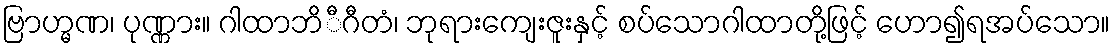
ဗြာဟ္မဏ၊ ပုဏ္ဏား။ ဂါထာဘိီဂီတံ၊ ဘုရားကျေးဇူးနှင့် စပ်သောဂါထာတို့ဖြင့် ဟော၍ရအပ်သော။